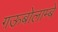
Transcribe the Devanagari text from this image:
गऊबोलाम्बे